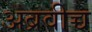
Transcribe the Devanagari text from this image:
अब्रवीच्च